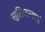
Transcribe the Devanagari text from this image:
सूक्तिरत्नानां